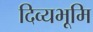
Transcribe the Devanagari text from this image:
दिव्यभूमि